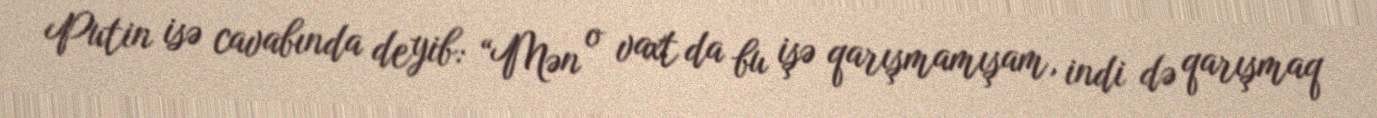
Putin isə cavabında deyib: “Mən o vaxt da bu işə qarışmamışam, indi də qarışmaq